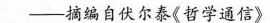
——摘编自伏尔泰《哲学通信》